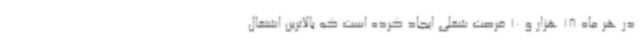
در هر ماه 18 هزار و 10 فرصت شغلی ایجاد کرده است که بالاترین اشتغال